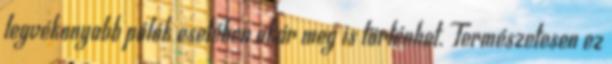
legvékonyabb pólók esetében akár meg is történhet. Természetesen ez